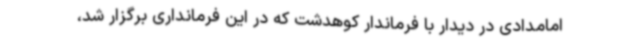
امامدادی در دیدار با فرماندار کوهدشت که در این فرمانداری برگزار شد،